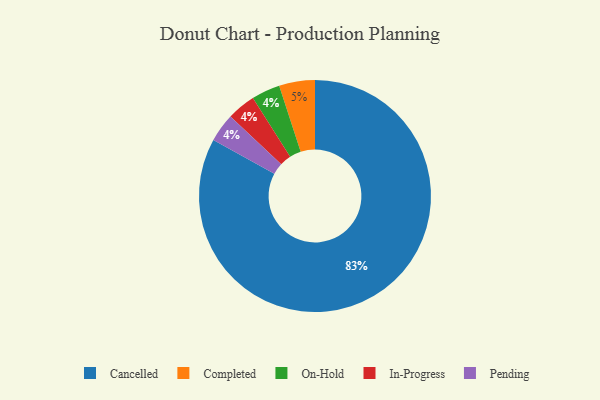
{"axis": {"x": "Category", "y": "Percentage"}, "legend": ["Cancelled", "Completed", "In-Progress", "On-Hold", "Pending"], "data": [{"x": "On-Hold", "y": 4, "type": "On-Hold"}, {"x": "Completed", "y": 5, "type": "Completed"}, {"x": "In-Progress", "y": 4, "type": "In-Progress"}, {"x": "Cancelled", "y": 83, "type": "Cancelled"}, {"x": "Pending", "y": 4, "type": "Pending"}]}